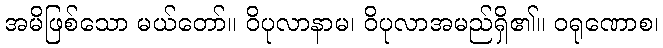
အမိဖြစ်သော မယ်တော်။ ဝိပုလာနာမ၊ ဝိပုလာအမည်ရှိ၏။ ဝရုဏောစ၊